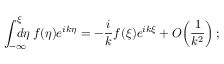
\int _ { - \infty } ^ { \xi } \! \! \! \! \! \! d \eta \: f ( \eta ) e ^ { i k \eta } = - \frac i k f ( \xi ) e ^ { i k \xi } + O \! \left( \frac 1 { k ^ { 2 } } \right) ;